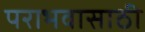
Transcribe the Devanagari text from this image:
पराभवासाठी